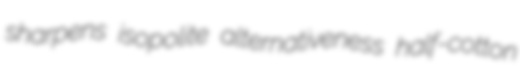
sharpens isopolite alternativeness half-cotton